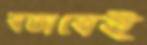
স্বভাবেই